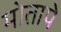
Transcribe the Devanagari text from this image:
मोतापे